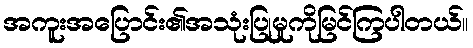
အကူးအပြောင်း၏အသုံးပြုမှုကိုမြင်ကြပါတယ်။